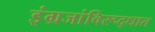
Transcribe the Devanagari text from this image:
इंग्रजांविरूद्धात